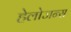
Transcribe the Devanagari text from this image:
हेलोजन्स